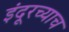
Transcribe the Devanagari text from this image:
इंदूरच्याच